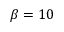
\beta = 1 0